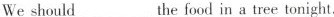
We should ___ the food in a tree tonight.